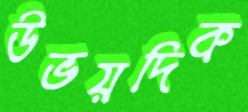
উভয়দিক